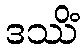
ဒဿိံ